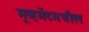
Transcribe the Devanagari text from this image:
मूव्हमेंटमधील